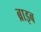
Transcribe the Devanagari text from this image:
ब्राइब